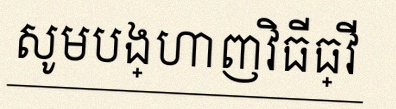
សូមបង្ហាញវិធីធ្វើ